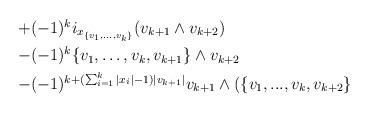
LaTeX: \begin{align*}+&{\textstyle (-1)^{k}i_{x_{\{v_{1},\ldots,v_{k}\}}}}(v_{k+1}\wedge v_{k+2})\\-&{\textstyle (-1)^{k}\{v_{1},\ldots,v_{k},v_{k+1}\}\wedge v_{k+2}}\\-&{\textstyle (-1)^{k+(\sum_{i=1}^{k}|x_{i}|-1)|v_{k+1}|}}v_{k+1}\wedge(\{v_{1},...,v_{k},v_{k+2}\}\\\end{align*}